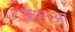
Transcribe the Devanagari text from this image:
प्रश्नआ